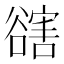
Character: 𧯆